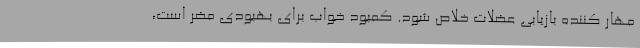
مهار کننده بازیابی عضلات خلاص شود. کمبود خواب برای بهبودی مضر است،